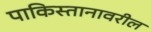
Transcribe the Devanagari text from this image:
पाकिस्तानावरील